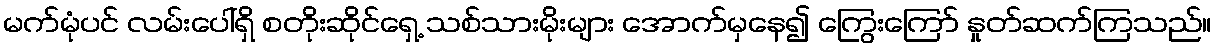
မက်မုံပင် လမ်းပေါ်ရှိ စတိုးဆိုင်ရှေ့ သစ်သားမိုးများ အောက်မှနေ၍ ကြွေးကြော် နှုတ်ဆက်ကြသည်။